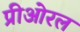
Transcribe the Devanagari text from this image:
प्रीओरल